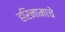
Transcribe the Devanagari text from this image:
हरिनामाचे